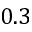
0 . 3